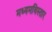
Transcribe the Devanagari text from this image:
मध्यमविस्तार